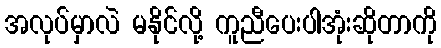
အလုပ်မှာလဲ မနိုင်လို့ ကူညီပေးပါအုံးဆိုတာကို